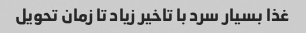
غذا بسیار سرد با تاخیر زیاد تا زمان تحویل